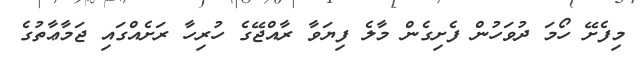
މިފެށޭ ހޯމަ ދުވަހުން ފެށިގެން މާލެ ފިޔަވާ ރާއްޖޭގެ ހުރިހާ ރަށެއްގައި ޖަމާޢާތުގެ